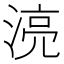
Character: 湸